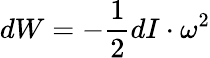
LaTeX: dW=-{\frac{1}{2}}dI\cdot\omega^{2}